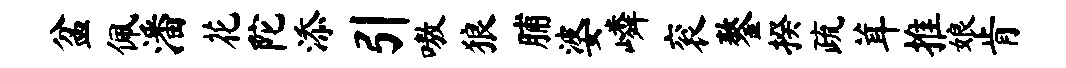
盆佩潘花陀添引嗷狼脯婆嶙衮鏊揆疏茸推娘肯